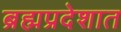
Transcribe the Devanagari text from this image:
ब्रह्मप्रदेशात